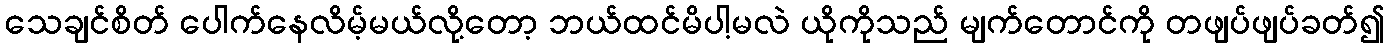
သေချင်စိတ် ပေါက်နေလိမ့်မယ်လို့တော့ ဘယ်ထင်မိပါ့မလဲ ယိုကိုသည် မျက်တောင်ကို တဖျပ်ဖျပ်ခတ်၍